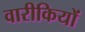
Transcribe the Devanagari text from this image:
वारीकियों